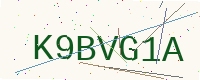
Text: K9BVG1A